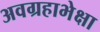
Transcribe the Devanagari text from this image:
अवग्रहाभेक्षा